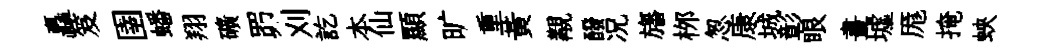
矗笈圉蟠翔礦𦊑刈訖本仙顯旷重黄覯醱况旛桞怱康城彰眼畫墟厖掩蛺